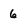
Character: 6